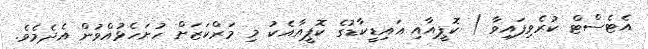
އެޓެސްޓް ކުރެވިފައިވާ ) ކޮޕީއާއި އައިޑީކާޑުގެ ކޮޕީއާއެކު މި މަރްކަޒަށް ހުށަހެޅުއްވުން އެދެމެވެ.